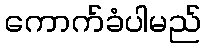
ကောက်ခံပါမည်